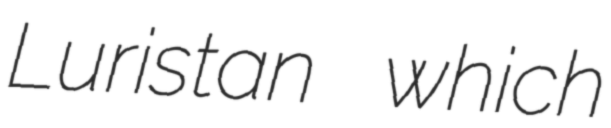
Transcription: Luristan which